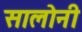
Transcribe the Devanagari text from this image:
सालोनी